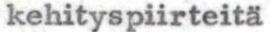
kehityspiirteitä